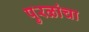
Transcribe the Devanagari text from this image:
पुरळांचा